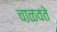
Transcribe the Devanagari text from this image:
चाळवते